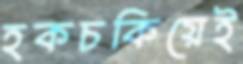
হকচকিয়েই